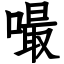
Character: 嘬